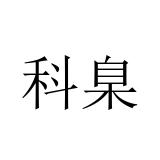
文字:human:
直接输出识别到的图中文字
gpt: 科臬